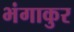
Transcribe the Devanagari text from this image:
भंगाकुर